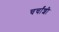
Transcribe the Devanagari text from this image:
चर्चांशी